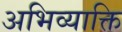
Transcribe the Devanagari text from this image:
अभिव्याक्ति